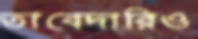
তাবেদারিও